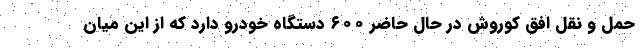
حمل و نقل افق کوروش در حال حاضر ۶۰۰ دستگاه خودرو دارد که از این میان